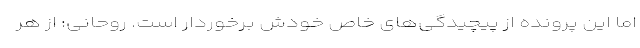
اما این پرونده از پیچیدگی‌های خاص خودش برخوردار است. روحانی: از هر